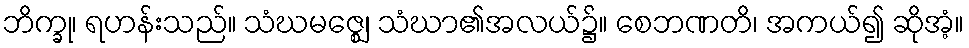
ဘိက္ခု၊ ရဟန်းသည်။ သံဃမဇ္ဈေ၊ သံဃာ၏အလယ်၌။ စေဘဏတိ၊ အကယ်၍ ဆိုအံ့။